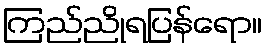
ကြည်ညိုရပြန်ရော။